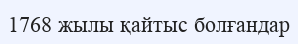
1768 жылы қайтыс болғандар